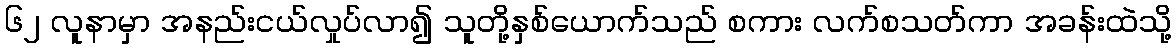
၆၂ လူနာမှာ အနည်းငယ်လှုပ်လာ၍ သူတို့နှစ်ယောက်သည် စကား လက်စသတ်ကာ အခန်းထဲသို့